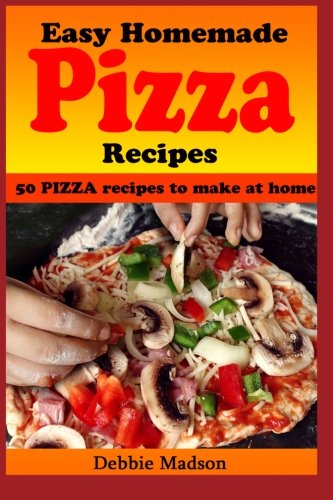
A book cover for Easy Homemade Pizza Recipes: -50 delicious pizza dishes to make at home (Cooking with Kids Series) (Volume 7); Debbie Madson; Cookbooks, Food & Wine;